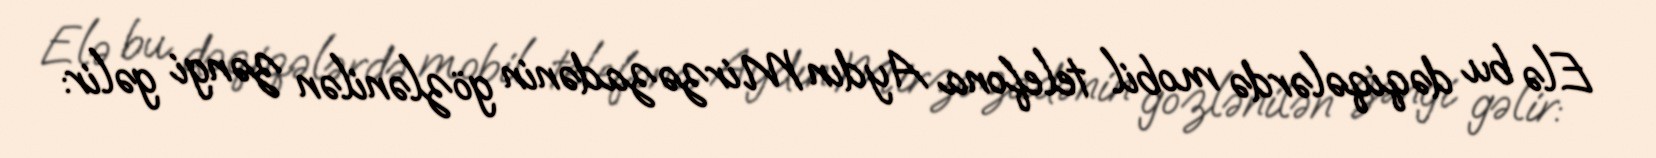
Elə bu dəqiqələrdə mobil telefona Aydın Mirzəzadənin gözlənilən zəngi gəlir: